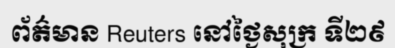
ព័ត៌មាន Reuters នៅថ្ងៃសុក្រ ទី២៩